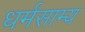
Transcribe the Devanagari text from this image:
धर्मसाम्य